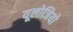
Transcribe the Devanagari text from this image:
यूलोजियो